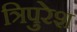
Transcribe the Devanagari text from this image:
त्रिपुरेश